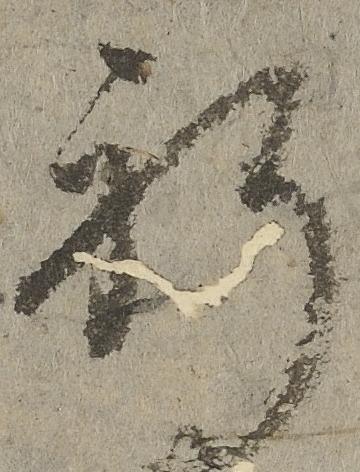
祈